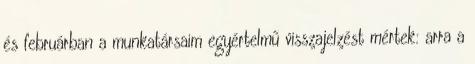
és februárban a munkatársaim egyértelmű visszajelzést mértek: arra a